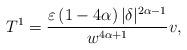
LaTeX: \begin{align*}T^{1}=\frac{\varepsilon \left( 1-4\alpha \right) |\delta|^{2\alpha-1}}{w^{4\alpha+1}}v, \end{align*}